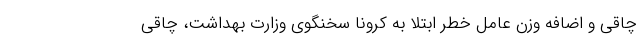
چاقی و اضافه وزن عامل خطر ابتلا به کرونا سخنگوی وزارت بهداشت، چاقی